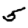
Digit: 5